Tali_Vallakohus, lk 4
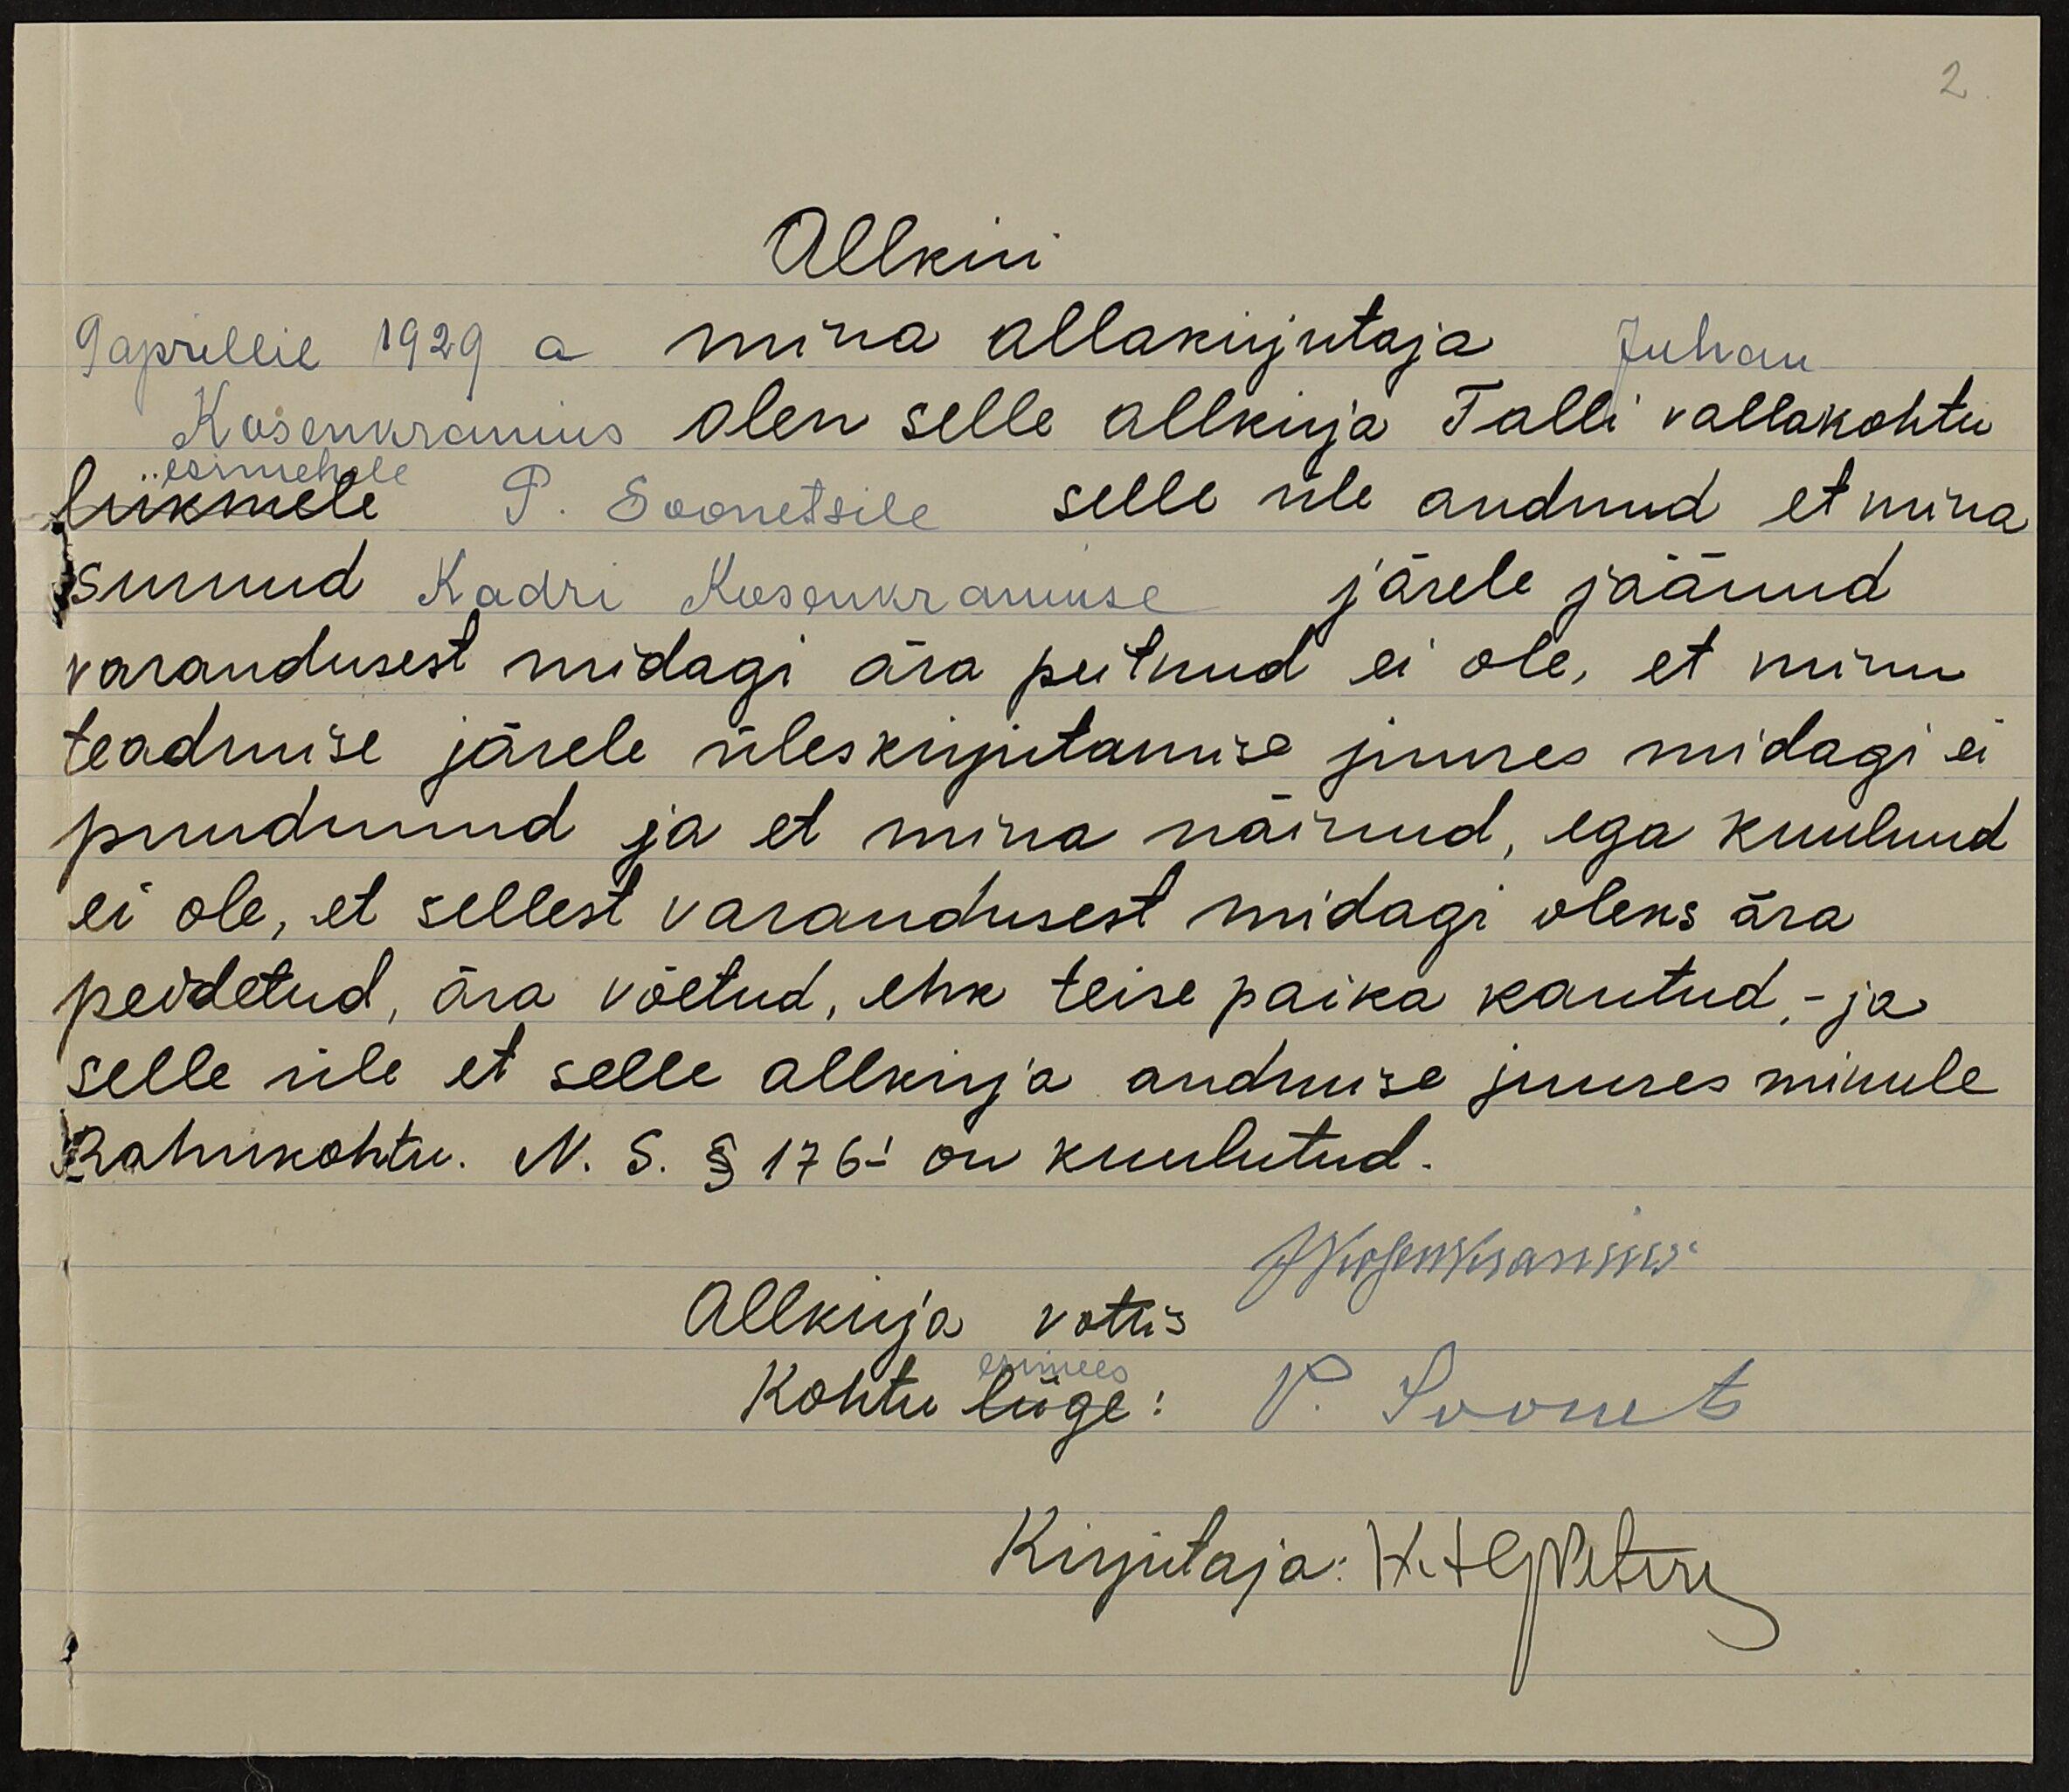
2
Allkiri
9 aprillil 1929 a mina allakirjutaja Juhan
Kosenkranius olen selle allkirja Talli vallakohtu
esimehele
liikmele P. Soonetsile selle üle andnud et mina
surnud Kadri Kosenkraniuse järele jäänud
varandusest midagi ära peitnud ei ole, et minu
teadmise järele üleskirjutamise juures midagi ei
puudunud ja et mina näinud, ega kuulnud
ei ole, et sellest varandusest midagi oleks ära
peidetud, ära võetud, ehk teise paika kantud,- ja
selle üle et selle allkirja andmise juures minule
Rahukohtu. N. S. § 176 on kuulutud.
JKosenkranius
Allkirja vottis
esimees
Kohtu liige: P. Soonet
Kirjutaja: HTG Petru